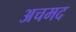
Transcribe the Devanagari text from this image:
अचमद